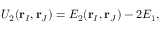
U _ { 2 } ( \mathbf { r } _ { I } , \mathbf { r } _ { J } ) = E _ { 2 } ( \mathbf { r } _ { I } , \mathbf { r } _ { J } ) - 2 E _ { 1 } ,